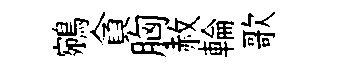
鵷貪胸赦輪歌